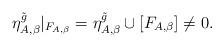
LaTeX: \begin{align*}\eta_{A,\beta}^{\tilde{g}}|_{F_{A,\beta}} = \eta_{A,\beta}^{\tilde{g}} \cup [F_{A,\beta}] \neq 0.\end{align*}